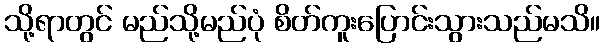
သို့ရာတွင် မည်သို့မည်ပုံ စိတ်ကူးပြောင်းသွားသည်မသိ။